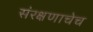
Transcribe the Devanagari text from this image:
संरक्षणाचेच